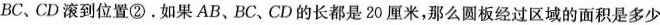
BC、CD滚到位置②。如果AB、BC、CD的长都是20厘米，那么圆板经过区域的面积是多少